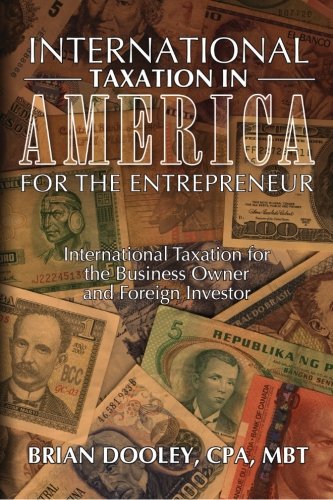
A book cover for International Taxation in America for the Entrepreneur; Brian Dooley; Business & Money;